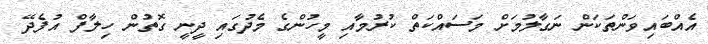
އެއްބައިވަންތަކަން ނަގާލުމަށް މަސައްކަތް ކުރުމާއި މީހުންގެ މެދުގައި ދީނީ ގޮތުން ހިލާފް އުފެދޭ